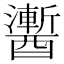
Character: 䤔